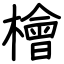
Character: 檜